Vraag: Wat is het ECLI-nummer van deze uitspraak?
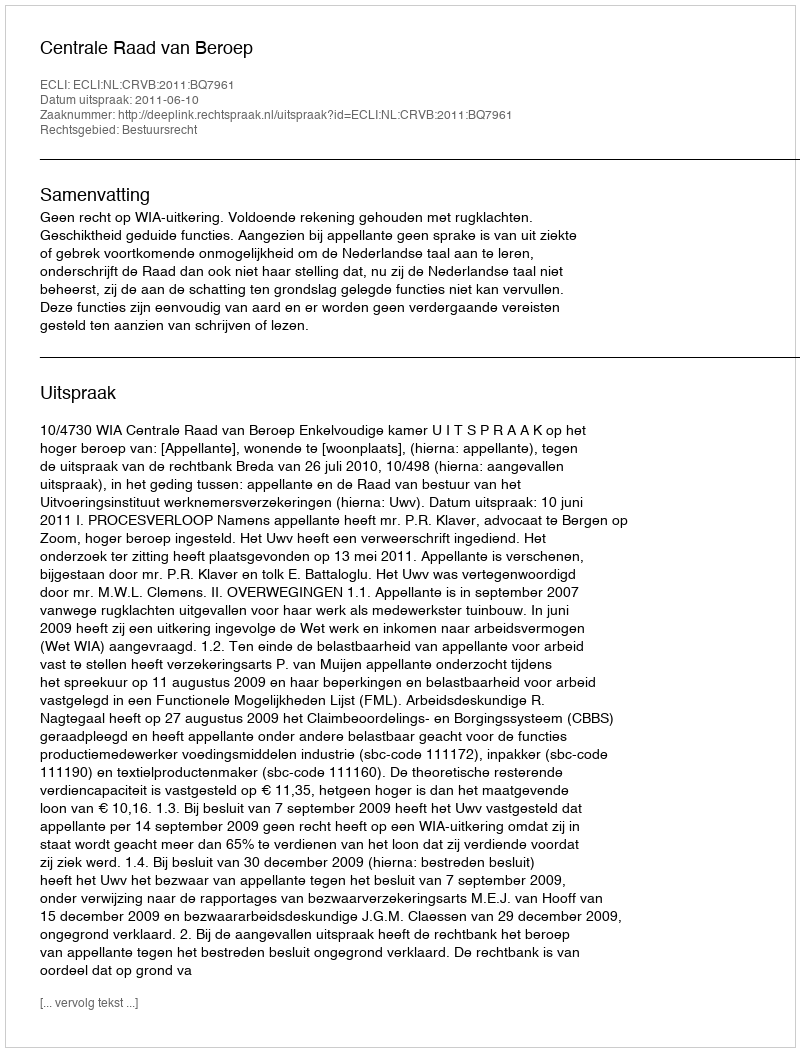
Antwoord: ECLI:NL:CRVB:2011:BQ7961